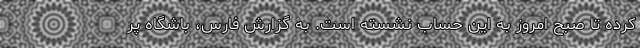
کرده تا صبح امروز به این حساب نشسته است. به گزارش فارس، باشگاه پر